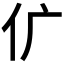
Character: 𠆲